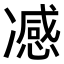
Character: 𭂢